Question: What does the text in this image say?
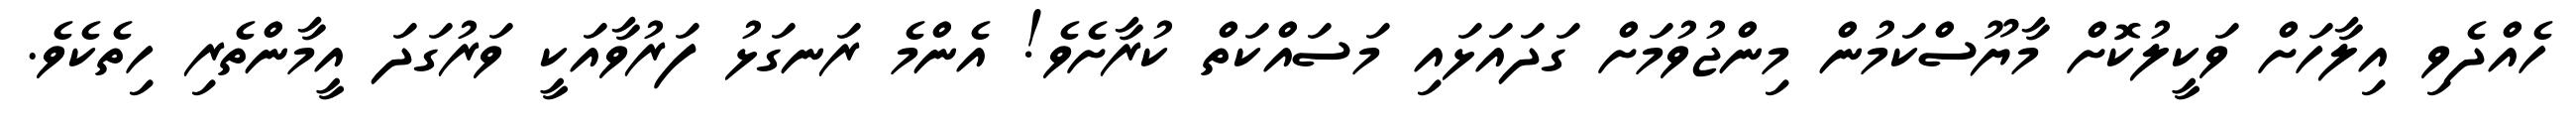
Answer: ހެއްދެވި އިލާހަށް ވަކީލުކޮށް މާޔޫސްކަމުން މިންޖުވުމަށް ގަދައަޅައި މަސައްކަތް ކުރާށެވެ! އެންމެ ރަނގަޅު ފަރުވާއަކީ ވަރުގަދަ އީމާންތެރި ހިތެކެވެ.